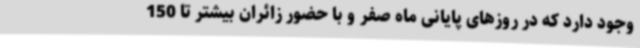
وجود دارد که در روزهای پایانی ماه صفر و با حضور زائران بیشتر تا 150